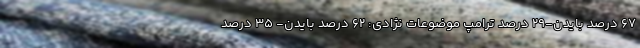
۶۷ درصد بایدن-۲۹ درصد ترامپ موضوعات نژادی: ۶۲ درصد بایدن- ۳۵ درصد